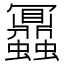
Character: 𧖅